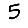
Digit: 5